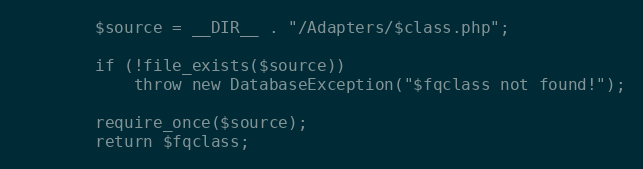
Language: PHP
		$source = __DIR__ . "/Adapters/$class.php";

		if (!file_exists($source))
			throw new DatabaseException("$fqclass not found!");

		require_once($source);
		return $fqclass;